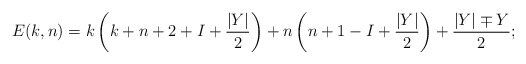
\begin{align*}E(k,n)= k\left(k+n+2+I+{|Y|\over 2}\right) +n\left(n+1-I+{|Y|\over 2}\right)+{|Y|\mp Y\over 2}; \\\end{align*}